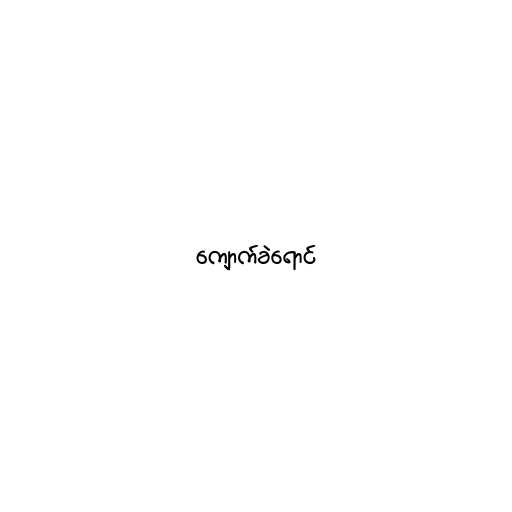
ကျောက်ခဲရောင်